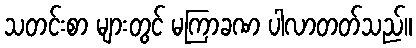
သတင်းစာ များတွင် မကြာခဏ ပါလာတတ်သည်။